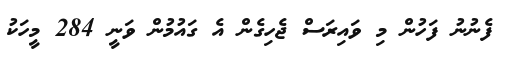
ފެނުނު ފަހުން މި ވައިރަސް ޖެހިގެން އެ ގައުމުން ވަނީ 284 މީހަކު